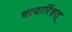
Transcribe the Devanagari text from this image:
चत्वारिंशत्